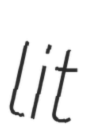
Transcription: lit